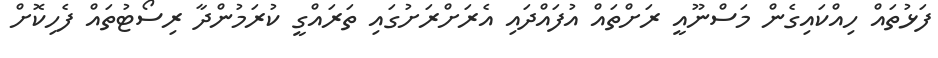
ފަޅުތައް ހިއްކައިގެން މަސްނޫއީ ރަށްތައް އުފައްދައި އެރަށްރަށުގައި ތަރައްގީ ކުރަމުންދާ ރިސޯޓުތައް ފެހިކޮށް